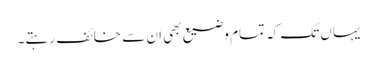
یہاں تک کہ تمام وضیع بھی ان سے خائف رہتے۔